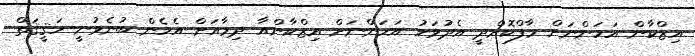
އިޒްކާން އަހަންނަށް މާފްކޮށްދީ އެދުވަހު އަހަންނަށް އިޒްކާންއާ ދިމާއަށް އެހެން ބުނެވުނީ ހަޤީޤަތް